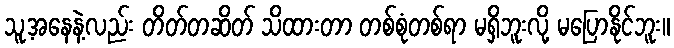
သူ့အနေနဲ့လည်း တိတ်တဆိတ် သိထားတာ တစ်စုံတစ်ရာ မရှိဘူးလို့ မပြောနိုင်ဘူး။